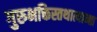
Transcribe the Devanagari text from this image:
गुरुभक्तिस्तथात्यान्ता